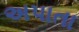
અપાતા